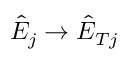
\hat { E } _ { j } \to \hat { E } _ { T j }